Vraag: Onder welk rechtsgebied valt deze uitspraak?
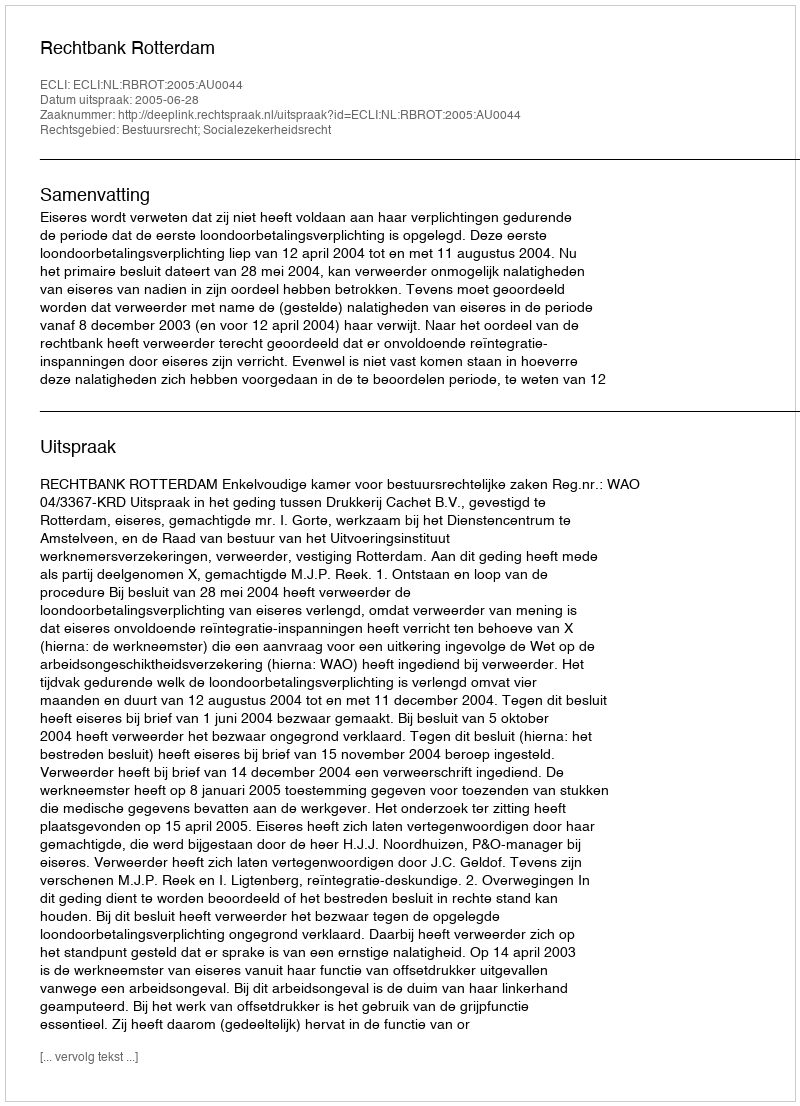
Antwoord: Bestuursrecht; Socialezekerheidsrecht